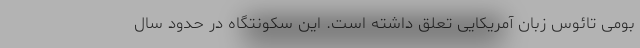
بومی تائوس زبان آمریکایی تعلق داشته است. این سکونتگاه در حدود سال